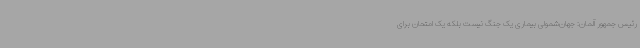
رئیس جمهور آلمان: جهان‌شمولی بیماری یک جنگ نیست بلکه یک امتحان برای